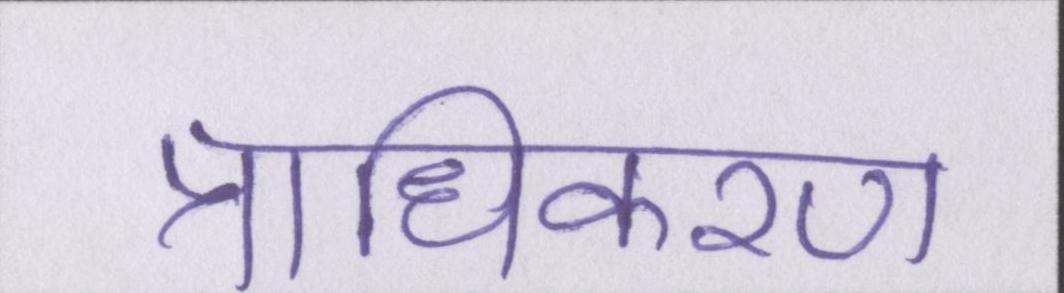
प्राधिकरण